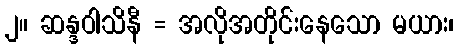
၂။ ဆန္ဒဝါသိနီ = အလိုအတိုင်းနေသော မယား၊